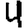
Digit: 4